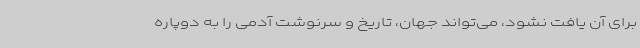
برای آن یافت نشود، می‌تواند جهان، تاریخ و سرنوشت آدمی را به دو‌پاره